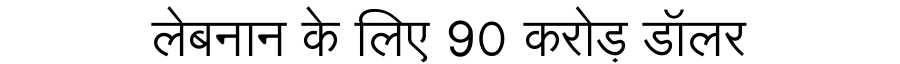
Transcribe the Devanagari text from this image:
लेबनान के लिए 90 करोड़ डॉलर